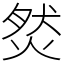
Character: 𤉷